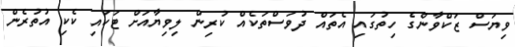
ވިޔަސް ޒަކްވާންގެ ހިތުގައި އެތައް ދުވަސްތަކެއް ކުރިން ލިވިޔާއަށް ޓަކައި ކެކި އުތުރެން